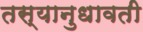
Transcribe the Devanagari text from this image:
तस्यानुधावती